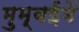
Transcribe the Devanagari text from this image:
मुम्बईमें